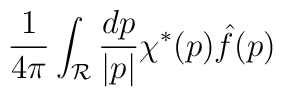
{1\over {4\pi}}\int_{\cal R}{{dp}\over{|p|}} \chi^*(p){\hat f}(p)